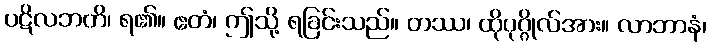
ပဋိလဘတိ၊ ရ၏။ ဧတံ၊ ဤသို့ ရခြင်းသည်။ တဿ၊ ထိုပုဂ္ဂိုလ်အား။ လာဘာနံ၊